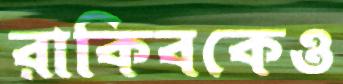
রাকিবকেও